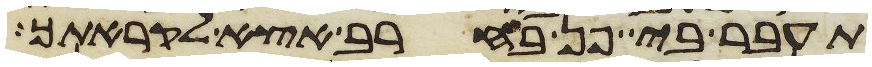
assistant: תעבר בי פן בחרב אצא לקראתך